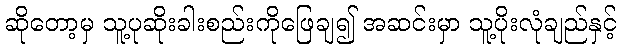
ဆိုတော့မှ သူ့ပုဆိုးခါးစည်းကိုဖြေချ၍ အဆင်းမှာ သူ့ပိုးလုံချည်နှင့်